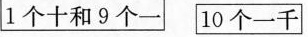
1个十和9个一 10个一千